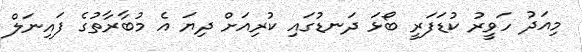
މިއަދު ހަވީރު ކުޑަފަރީ ބޯޅަ ދަނޑުގައި ކުރިއަށް ދިޔަ އެ މުބާރާތުގެ ފައިނަލް